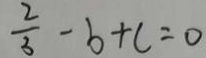
\frac { 2 } { 3 } - b + c = 0